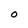
Character: O